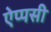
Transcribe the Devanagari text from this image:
ऐप्पसी